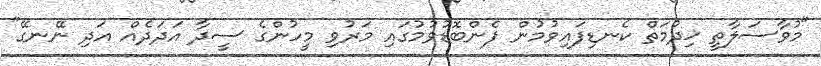
"މުވާސަލާތީ ޚިދުމަތް ކެނޑިފައިވުމުން ފެންބޮޑުވުމުގައި މަރުވި މީހުންގެ ސީދާ އަދަދެއް އަދި ނޭނގޭ"